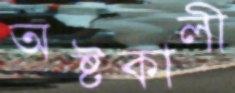
অষ্টকালী